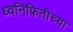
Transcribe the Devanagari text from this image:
ध्वनिफितीच्या